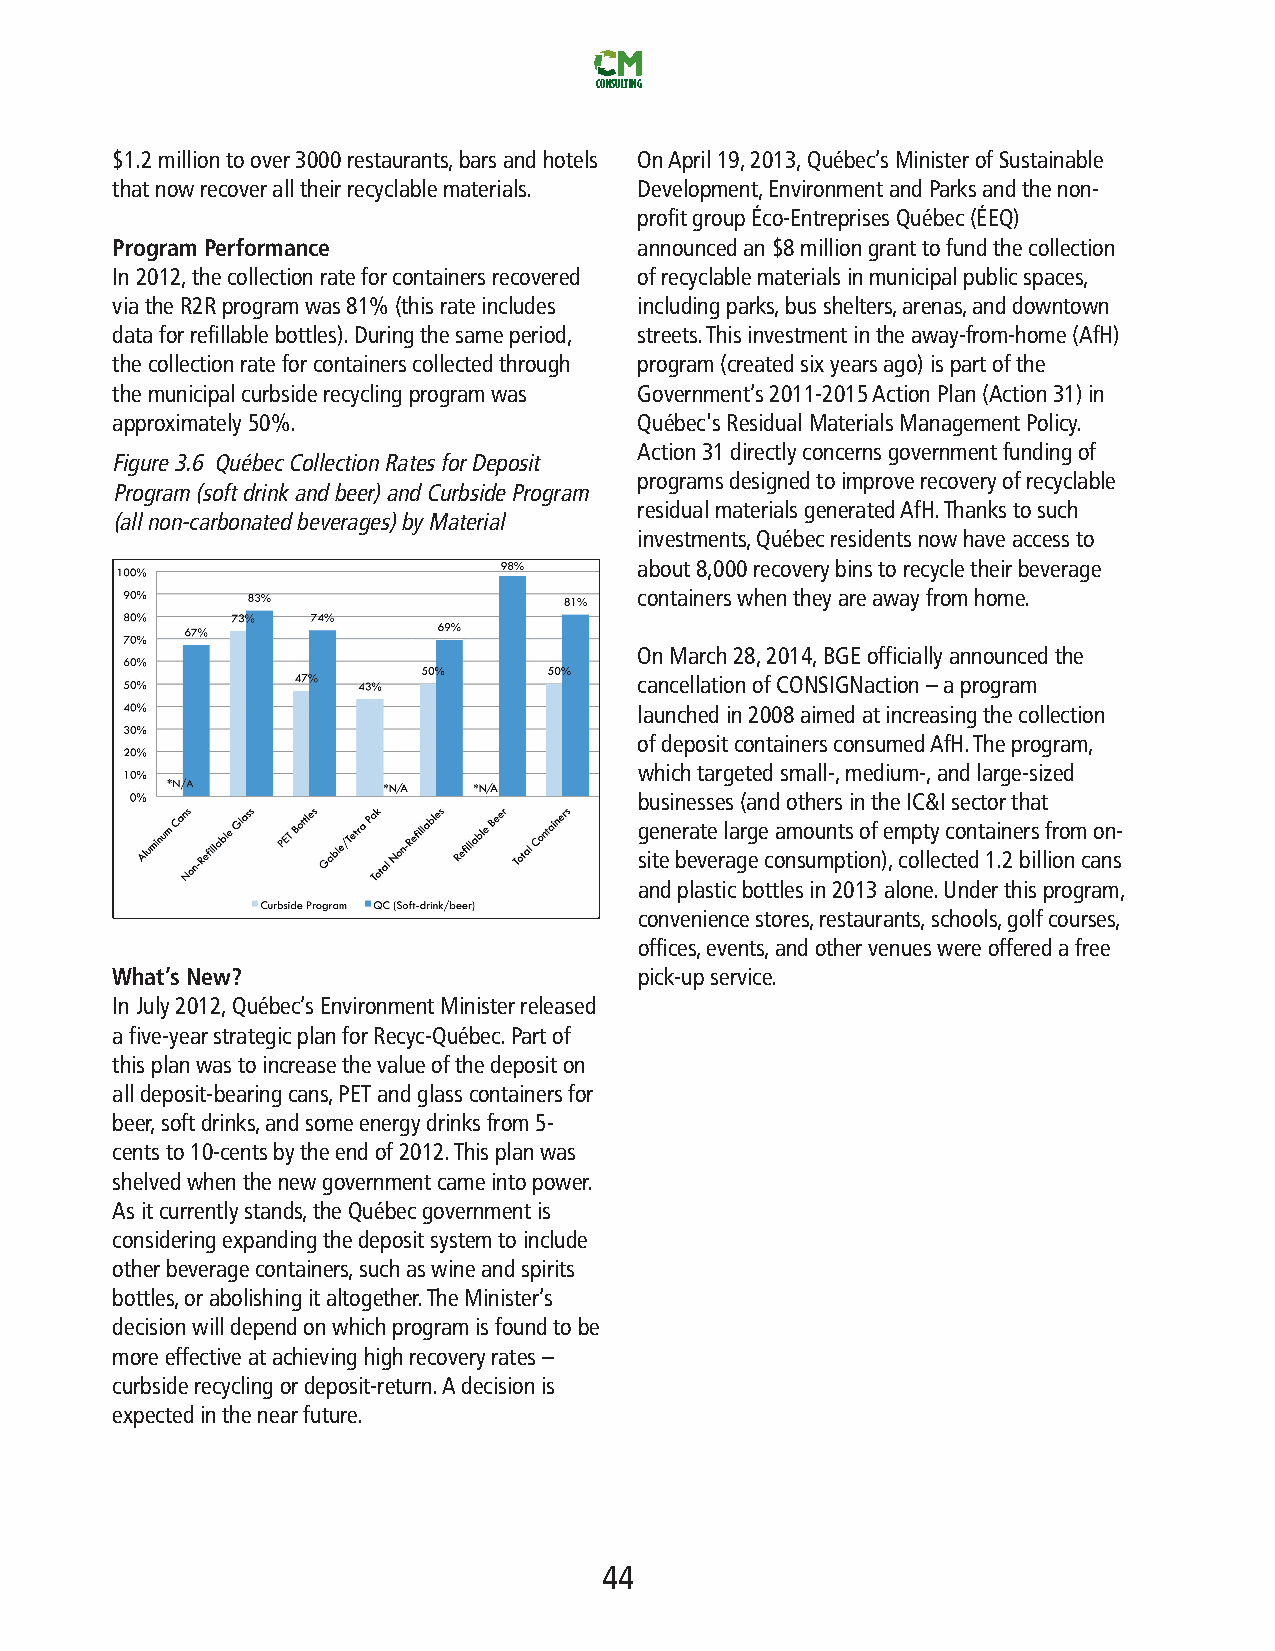
CONSULTING
 $1.2milliontoover3000restaurants,barsandhotels OnApril19,2013,Québec’sMinisterofSustainable
 thatnowrecoveralltheirrecyclablematerials. Development,EnvironmentandParksandthenon-
 profitgroupÉco-EntreprisesQuébec(ÉEQ)
 ProgramPerformance                 announcedan$8milliongranttofundthecollection
 In2012,thecollectionrateforcontainersrecovered ofrecyclablematerialsinmunicipalpublicspaces,
 viatheR2Rprogramwas81%(thisrateincludes includingparks,busshelters,arenas,anddowntown
 dataforrefillablebottles).Duringthesameperiod, streets.Thisinvestmentintheaway-from-home(AfH)
 thecollectionrateforcontainerscollectedthrough program(createdsixyearsago)ispartofthe
 themunicipalcurbsiderecyclingprogramwas Government’s2011-2015ActionPlan(Action31)in
 approximately50%.                  Québec'sResidualMaterialsManagementPolicy.
 Action31directlyconcernsgovernmentfundingof
 Figure3.6 QuébecCollectionRatesforDeposit
 programsdesignedtoimproverecoveryofrecyclable
 Program(softdrinkandbeer)andCurbsideProgram
 residualmaterialsgeneratedAfH.Thankstosuch
 (allnon-carbonatedbeverages)byMaterial
 investments,Québecresidentsnowhaveaccessto
 about8,000recoverybinstorecycletheirbeverage
 containerswhentheyareawayfromhome.
 OnMarch28,2014,BGEofficiallyannouncedthe
 cancellationofCONSIGNaction–aprogram
 launchedin2008aimedatincreasingthecollection
 ofdepositcontainersconsumedAfH.Theprogram,
 whichtargetedsmall-,medium-,andlarge-sized
 businesses(andothersintheIC&Isectorthat
 generatelargeamountsofemptycontainersfromon-
 sitebeverageconsumption),collected1.2billioncans
 andplasticbottlesin2013alone.Underthisprogram,
 conveniencestores,restaurants,schools,golfcourses,
 offices,events,andothervenueswereofferedafree
 What’sNew?                         pick-upservice.
 InJuly2012,Québec’sEnvironmentMinisterreleased
 afive-yearstrategicplanforRecyc-Québec.Partof
 thisplanwastoincreasethevalueofthedepositon
 alldeposit-bearingcans,PETandglasscontainersfor
 beer,softdrinks,andsomeenergydrinksfrom5-
 centsto10-centsbytheendof2012.Thisplanwas
 shelvedwhenthenewgovernmentcameintopower.
 Asitcurrentlystands,theQuébecgovernmentis
 consideringexpandingthedepositsystemtoinclude
 otherbeveragecontainers,suchaswineandspirits
 bottles,orabolishingitaltogether.TheMinister’s
 decisionwilldependonwhichprogramisfoundtobe
 moreeffectiveatachievinghighrecoveryrates–
 curbsiderecyclingordeposit-return.Adecisionis
 expectedinthenearfuture.
 44